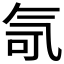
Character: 𪵤